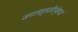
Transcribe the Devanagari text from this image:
जगत्त्रातुमाविर्भूतमजं